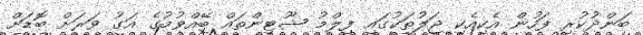
ބަންދުކުރި ފަހުން އެކިއެކި ޖަލުތަކުގައި ފިލްމު ޝޫޓިންތައް ބޭއްވުމުގެ އަގު ވަރަށް ބޮޑަށް